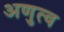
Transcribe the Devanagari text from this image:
अणुत्व